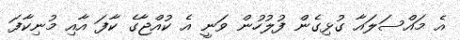
އެ މައްސަލައާ ގުޅިގެން ފުލުހުން ވަނީ އެ ކުއްޖާގެ ކާފަ އާއި މުނިކާފަ